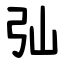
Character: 㢫